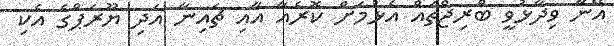
އޭނާ ވިދާޅުވީ ބްރިޖްތައް އެޅުމަށް ކޮރެއާ އާއި ޗައިނާ އަދި ޔޫރަޕްގެ އެކި